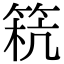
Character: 𥮕